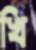
খি